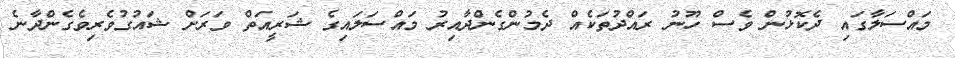
މައްސަލާގައި ދެކޮޅުން ވެސް ހޫނު ރައްދުތަކެއް ދެމުންގެންދާއިރު މައްސަލައިގެ ޝަރީއަތް ވަރަށް ޝައުގުވެރިވެގެންދާނެ